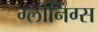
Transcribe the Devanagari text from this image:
ग्लीनिंग्स